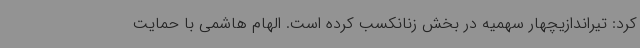
کرد: تیراندازیچهار سهمیه در بخش زنانکسب کرده است. الهام هاشمی با حمایت